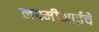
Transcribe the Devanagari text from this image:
लक्ष्मीआईचे